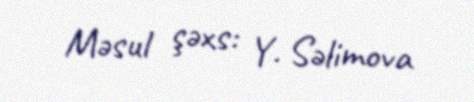
Məsul şəxs: Y. Səlimova